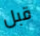
قبل